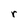
Character: r